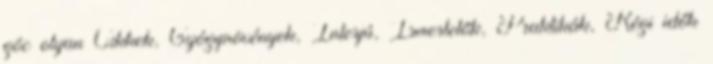
góc olyan Cikkek, Gyógynövények, Interjú, Ismertetők, Praktikák, Régi idők